Leaving Certificate, 1888
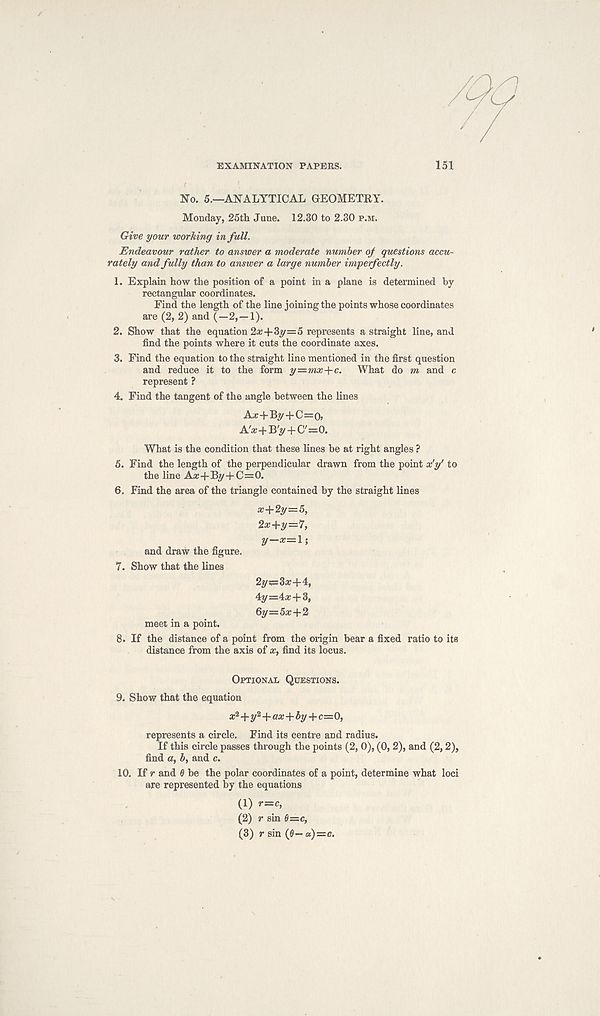
EXAMINATION PAPERS.
151
No. 5.—ANALYTICAL GEOMETRY.
Monday, 25th June. 12.30 to 2.30 p.m.
Give your working in full.
Endeavour rather to answer a moderate number of questions accu-
rately and fully than to answer a large number imperfectly.
1. Explain how the position of a point in a plane is determined by
rectangular coordinates.
Find the length of the line joining the points whose coordinates
are (2, 2) and (—2,-1).
2. Show that the equation 2*4-%=5 represents a straight line, and
find the points where it cuts the coordinate axes.
3. Find the equation to the straight line mentioned in the first question
and reduce it to the form y=mx+c. What do m and c
represent ?
4. Find the tangent of the angle between the lines
Ax+By + C=o,
A!x+B'y + C'=0.
What is the condition that these lines he at right angles ?
5. Find the length of the perpendicular drawn from the point x'y' to
the line Ax+By+C=0.
6. Find the area of the triangle contained by the straight lines
x+2y=.5,
2x+y=7,
and draw the figure.
7. Show that the lines
2y^=3x+4,
4y=4x+3,
6y=5x+2
meet in a point.
8. If the distance of a point from the origin bear a fixed ratio to its
distance from the axis of x, find its locus.
Optional Questions.
9. Show that the equation
* 2 +y 2 +ox+fiy + c=0,
represents a circle. Find its centre and radius.
If this circle passes through the points (2, 0), (0,2), and (2,2),
find a, b, and c.
10. If r and 0 be the polar coordinates of a point, determine what loci
are represented by the equations
(1) r—c,
(2) r sin 6=c,
(3) r sin (0—«)=e.